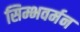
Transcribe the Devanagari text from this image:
सिम्भवर्मन